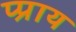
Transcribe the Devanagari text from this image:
प्प्राय